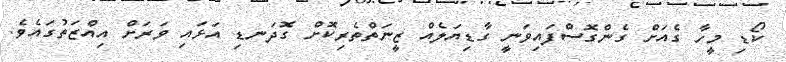
ކޯޑި މީހާ ގެއަށް ގެންގޮސްފައިވަނީ ގާޑިޔަލެއް ޒީނަތްތެރިކޮށް ގޮދަނޑި އަޅައި ވަރަށް އިއްޒަތުގައެވެ.